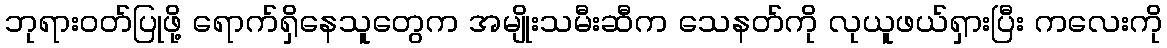
ဘုရားဝတ်ပြုဖို့ ရောက်ရှိနေသူတွေက အမျိုးသမီးဆီက သေနတ်ကို လုယူဖယ်ရှားပြီး ကလေးကို